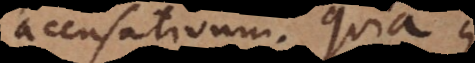
accusativum. Quia l